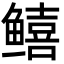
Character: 𬶮